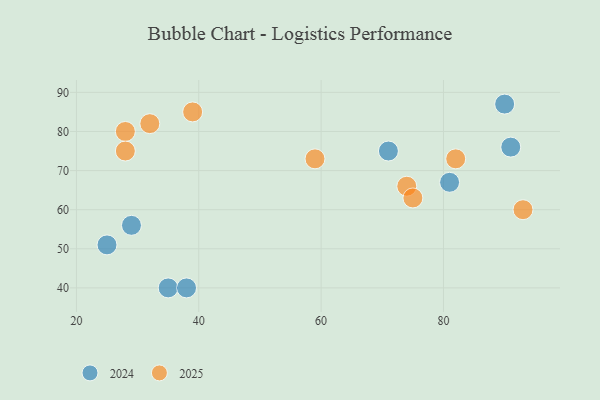
{"axis": {"x": "GDP", "y": "Life Expectancy"}, "legend": ["2024", "2025"], "data": [{"x": "81", "y": 67, "type": "2024"}, {"x": "35", "y": 40, "type": "2024"}, {"x": "71", "y": 75, "type": "2024"}, {"x": "25", "y": 51, "type": "2024"}, {"x": "29", "y": 56, "type": "2024"}, {"x": "91", "y": 76, "type": "2024"}, {"x": "38", "y": 40, "type": "2024"}, {"x": "90", "y": 87, "type": "2024"}, {"x": "74", "y": 66, "type": "2025"}, {"x": "59", "y": 73, "type": "2025"}, {"x": "28", "y": 80, "type": "2025"}, {"x": "93", "y": 60, "type": "2025"}, {"x": "32", "y": 82, "type": "2025"}, {"x": "39", "y": 85, "type": "2025"}, {"x": "82", "y": 73, "type": "2025"}, {"x": "28", "y": 75, "type": "2025"}, {"x": "75", "y": 63, "type": "2025"}]}